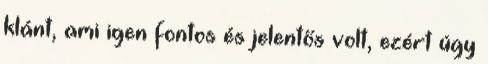
klánt, ami igen fontos és jelentős volt, ezért úgy